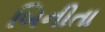
બિનીતા